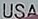
USA